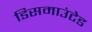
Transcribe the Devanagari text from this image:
डिसमाउंटेड